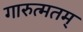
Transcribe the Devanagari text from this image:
गारुत्मतम्